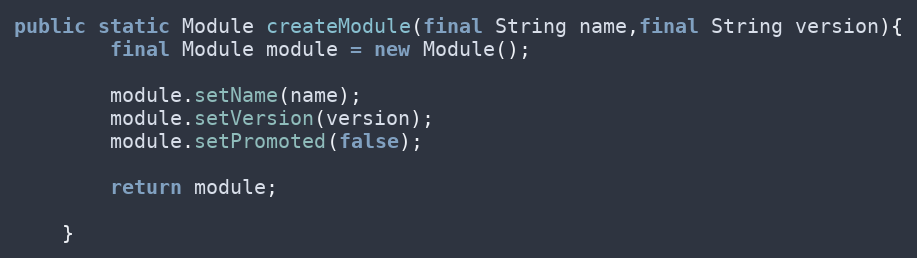
Language: Java
public static Module createModule(final String name,final String version){
        final Module module = new Module();

        module.setName(name);
        module.setVersion(version);
        module.setPromoted(false);

        return module;

    }